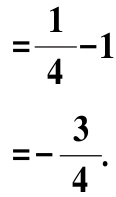
\[
=\frac{1}{4}-1 \\
=-\frac{3}{4}.
\]